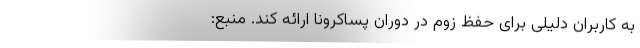
به کاربران دلیلی برای حفظ زوم در دوران پساکرونا ارائه کند. منبع: